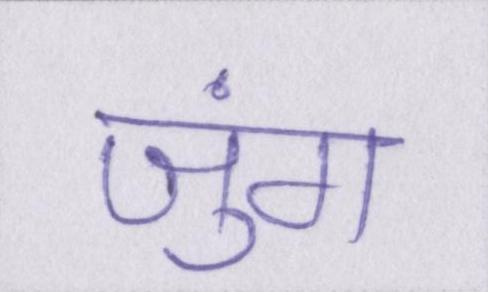
जुंग